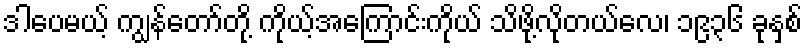
ဒါပေမယ့် ကျွန်တော်တို့ ကိုယ့်အကြောင်းကိုယ် သိဖို့လိုတယ်လေ၊ ၁၉၃၆ ခုနှစ်